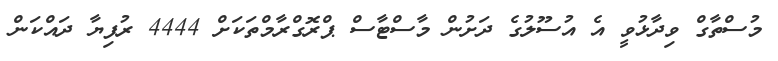
މުސްތާގް ވިދާޅުވީ އެ އުސޫލުގެ ދަށުން މާސްޓާސް ޕްރޮގްރާމްތަަކަށް 4444 ރުފިޔާ ދައްކަން